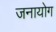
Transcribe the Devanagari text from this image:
जनायोग